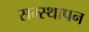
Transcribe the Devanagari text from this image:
सम्स्थापन